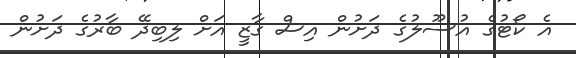
އެ ކޯޓުގެ އުސޫލުގެ ދަށުން އިސް ގާޒީ އަށް ލިބިދޭ ބާރުގެ ދަށުން